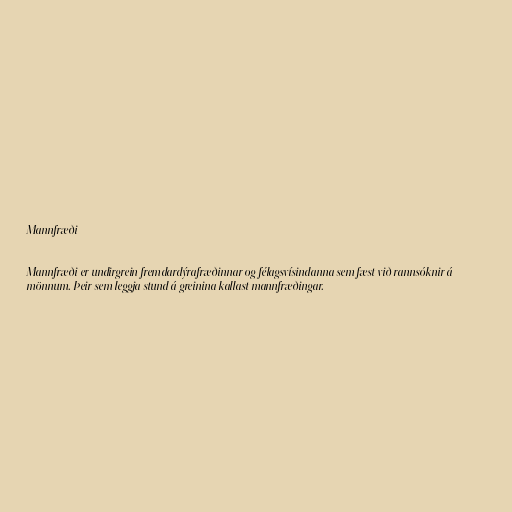
Mannfræði

Mannfræði er undirgrein fremdardýrafræðinnar og félagsvísindanna sem fæst við rannsóknir á
mönnum. Þeir sem leggja stund á greinina kallast mannfræðingar.